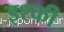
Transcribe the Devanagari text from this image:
इश्की